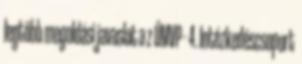
legtöbb megoldási javaslat a z ÚMVP - 4. Intézkedéscsoport